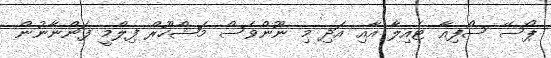
ޕޯސޭ ސޯފިއާ ޓެއިލާ އާއި އަދި މި ނޫންވެސް މަޝްހޫރް ފިލްމީ ފަންނާނުން